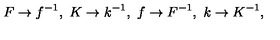
F \to f ^ { - 1 } , \ K \to k ^ { - 1 } , \ f \to F ^ { - 1 } , \ k \to K ^ { - 1 } ,